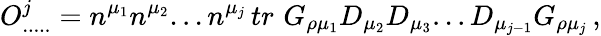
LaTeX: O_{.....}^{j}=n^{\mu_{1}}n^{\mu_{2}}...n^{\mu_{j}}\, tr\, \, G_{\rho\mu_{1}}D_{\mu_{2}}D_{\mu_{3}}...D_{\mu_{j-1}}G_{\rho\mu_{j}}\, ,